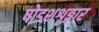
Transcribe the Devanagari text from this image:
षोडशशृङ्गार